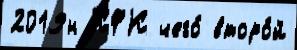
2019н КФК чего́ второ́й